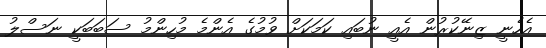
އެހެނީ ޒިނޭކުރުން އެއީ ނުބައި ކަމަކަށް ވުމުގެ އެންމެ މުހިންމު ސަބަބަކީ ނަސްލު